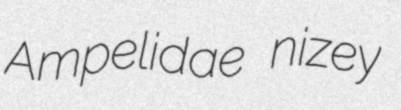
Ampelidae nizey